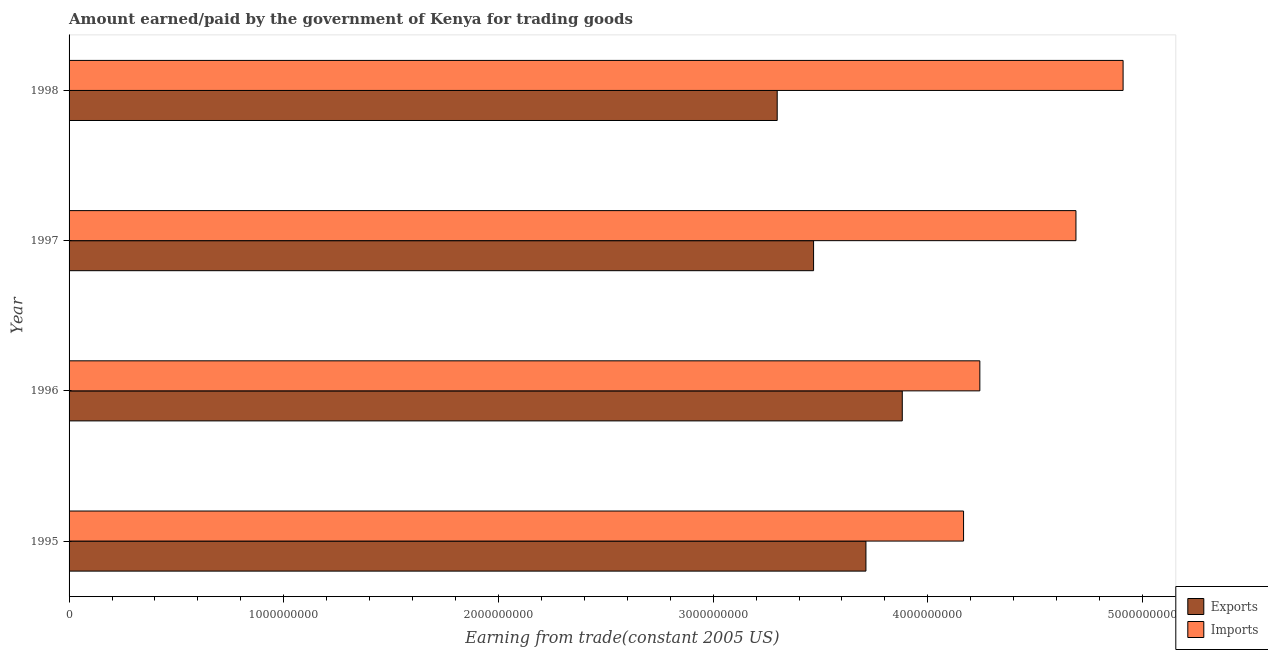
| Year | Exports | Imports |
 | --- | --- | --- |
 | 1995 | 3.71e+09 | 4.17e+09 |
 | 1996 | 3.88e+09 | 4.24e+09 |
 | 1997 | 3.47e+09 | 4.69e+09 |
 | 1998 | 3.3e+09 | 4.91e+09 |